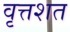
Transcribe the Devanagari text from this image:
वृत्तशत